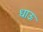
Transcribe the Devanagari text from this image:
धाऊ